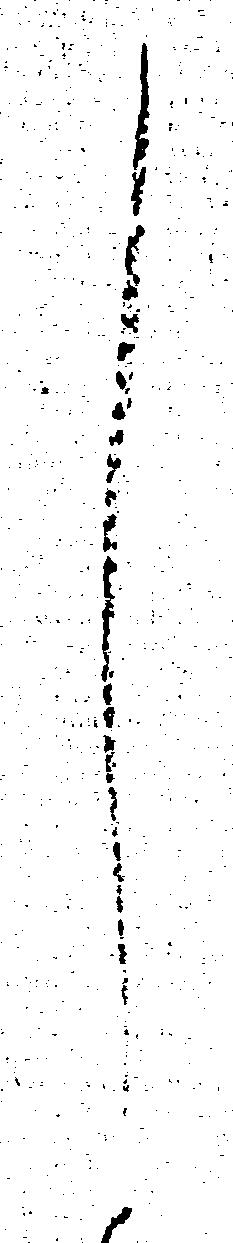
し